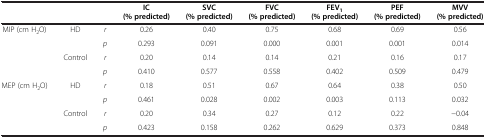
<table><thead><tr><td>[EMPTY_CELL]</td><td colspan="2">[EMPTY_CELL]</td><td><b>IC (% predicted)</b></td><td><b>SVC (% predicted)</b></td><td><b>FVC (% predicted)</b></td><td><b>FEV<sub>1</sub>(% predicted)</b></td><td><b>PEF (% predicted)</b></td><td><b>MVV (% predicted)</b></td></tr></thead><tbody><tr><td rowspan="4">MIP (cm H<sub>2</sub>O)</td><td rowspan="2">HD</td><td><i>r</i></td><td>0.26</td><td>0.40</td><td>0.75</td><td>0.68</td><td>0.69</td><td>0.56</td></tr><tr><td><i>p</i></td><td>0.293</td><td>0.091</td><td>0.000</td><td>0.001</td><td>0.001</td><td>0.014</td></tr><tr><td rowspan="2">Control</td><td><i>r</i></td><td>0.20</td><td>0.14</td><td>0.14</td><td>0.21</td><td>0.16</td><td>0.17</td></tr><tr><td><i>p</i></td><td>0.410</td><td>0.577</td><td>0.558</td><td>0.402</td><td>0.509</td><td>0.479</td></tr><tr><td rowspan="3">MEP (cm H<sub>2</sub>O)</td><td rowspan="2">HD</td><td><i>r</i></td><td>0.18</td><td>0.51</td><td>0.67</td><td>0.64</td><td>0.38</td><td>0.50</td></tr><tr><td><i>p</i></td><td>0.461</td><td>0.028</td><td>0.002</td><td>0.003</td><td>0.113</td><td>0.032</td></tr><tr><td>Control</td><td><i>r</i></td><td>0.20</td><td>0.34</td><td>0.27</td><td>0.12</td><td>0.22</td><td>-0.04</td></tr><tr><td>[EMPTY_CELL]</td><td>[EMPTY_CELL]</td><td><i>p</i></td><td>0.423</td><td>0.158</td><td>0.262</td><td>0.629</td><td>0.373</td><td>0.848</td></tr></tbody></table>